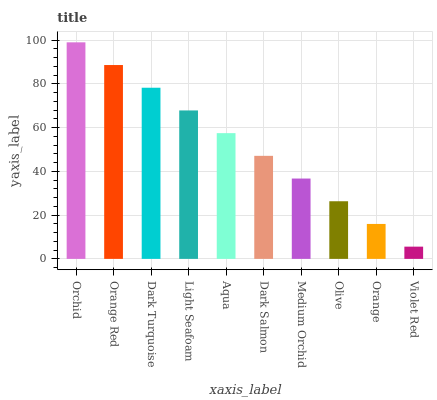
| xaxis_label | bars |
 | --- | --- |
 | Orchid | 99 |
 | Orange Red | 88.6 |
 | Dark Turquoise | 78.2 |
 | Light Seafoam | 67.9 |
 | Aqua | 57.5 |
 | Dark Salmon | 47.1 |
 | Medium Orchid | 36.7 |
 | Olive | 26.4 |
 | Orange | 16 |
 | Violet Red | 5.59 |